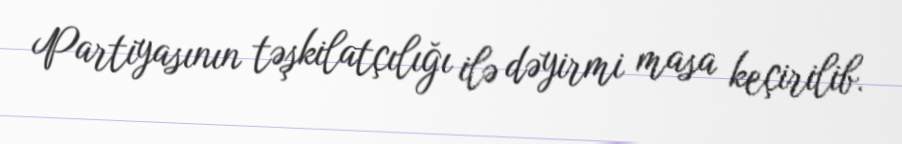
Partiyasının təşkilatçılığı ilə dəyirmi masa keçirilib.